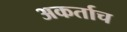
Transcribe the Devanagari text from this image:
अकर्ताच